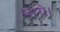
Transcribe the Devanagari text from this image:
मागे।